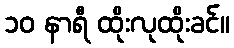
၁၀ နာရီ ထိုးလုထိုးခင်။